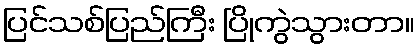
ပြင်သစ်ပြည်ကြီး ပြိုကွဲသွားတာ။